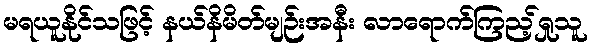
မရယူနိုင်သဖြင့် နယ်နိမိတ်မျဉ်းအနီး လာရောက်ကြည့်ရှုသူ